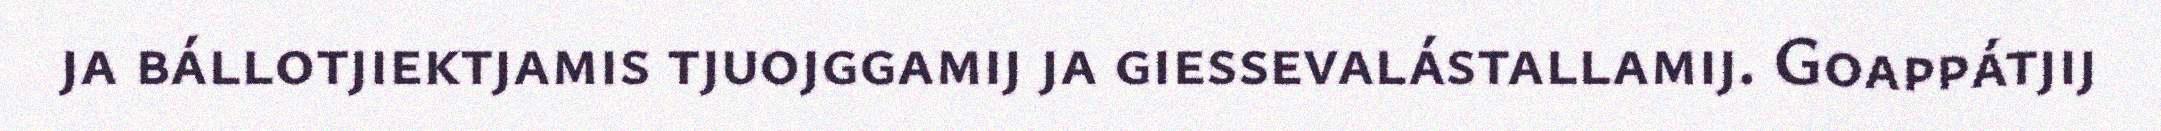
ja bállotjiektjamis tjuojggamij ja giessevalástallamij. Goappátjij